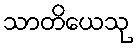
သာတိယေသု